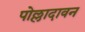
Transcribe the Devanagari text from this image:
पोल्लादावन